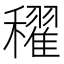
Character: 𥣞